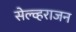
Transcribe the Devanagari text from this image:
सेल्व्हराजन